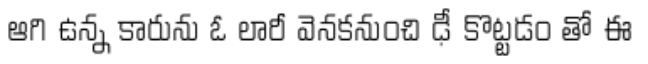
ఆగి ఉన్న కారును ఓ లారీ వెనకనుంచి ఢీ కొట్టడం తో ఈ